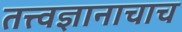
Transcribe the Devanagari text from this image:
तत्त्वज्ञानाचाच